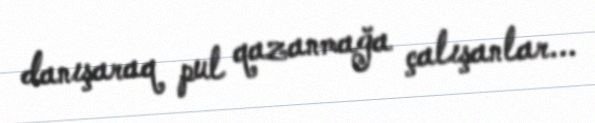
danışaraq pul qazanmağa çalışanlar...